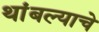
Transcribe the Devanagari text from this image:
थांबल्याचे